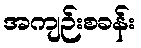
အကျဉ်းစခန်း